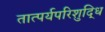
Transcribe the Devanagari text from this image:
तात्पर्यपरिशुद्धि